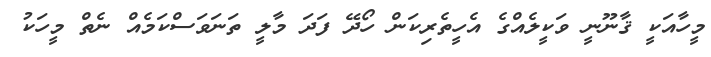
މީހާއަކީ ޤާނޫނީ ވަކީލެއްގެ އެހީތެރިކަން ހޯދޭ ފަދަ މާލީ ތަނަވަސްކަމެއް ނެތް މީހަކު